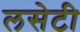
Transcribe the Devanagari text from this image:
लसेटी